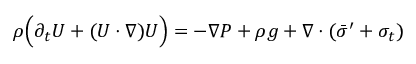
\begin{array} { r } { \rho \Big ( \partial _ { t } U + ( U \cdot \nabla ) U \Big ) = - \nabla P + \rho g + \nabla \cdot ( \Bar { \sigma } ^ { \prime } + \sigma _ { t } ) } \end{array}